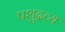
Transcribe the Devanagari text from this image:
पशुद्रव्य